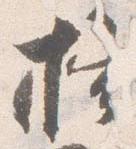
掃